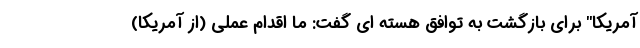
آمریکا" برای بازگشت به توافق هسته ای گفت: ما اقدام عملی (از آمریکا)